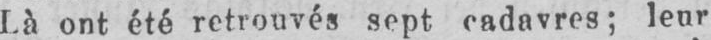
Là ont été retrouvés sept cadavres; leur